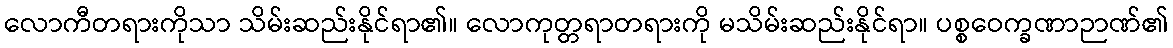
လောကီတရားကိုသာ သိမ်းဆည်းနိုင်ရာ၏။ လောကုတ္တရာတရားကို မသိမ်းဆည်းနိုင်ရာ။ ပစ္စဝေက္ခဏာဉာဏ်၏